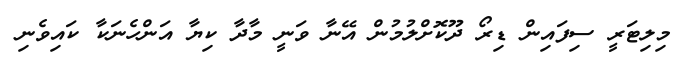
މިލިޓަރީ ސިފައިން ޑިރޯ ދޫކޮށްލުުމުންް އޭނާ ވަނީ މާދާ ކިޔާ އަންހެނަކާ ކައިވެނި